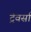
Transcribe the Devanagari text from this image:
ट्रेवर्सा